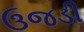
ઉજડી